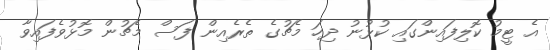
އެ ޓީމު ކޮލިފައިންގައި ކުޅުނު ދިހަ މެޗުގެ ތެރެއިން ފަސް މެޗުން މޮޅުވެފައިވާ